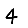
Digit: 4